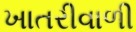
ખાતરીવાળી